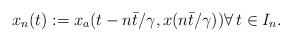
LaTeX: \begin{align*}x_n(t) :=x_a(t-n{\bar{t}}/{\gamma},x(n{\bar{t}}/{\gamma})) \forall \, t \in I_n.\end{align*}